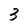
Character: 3